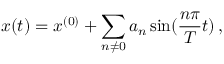
x ( t ) = x ^ { ( 0 ) } + \sum _ { n \neq 0 } a _ { n } \sin ( \frac { n \pi } { T } t ) \, , \nonumber